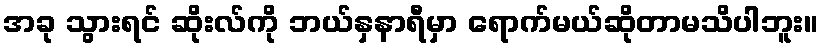
အခု သွားရင် ဆိုးလ်ကို ဘယ်နှနာရီမှာ ရောက်မယ်ဆိုတာမသိပါဘူး။